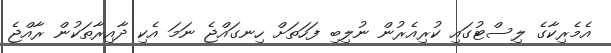
އެމެރިކާގެ ލިސްޓުގައި ކުރިއެރުން ނުލިބި ފަހަތަށް ހިނގައްޖެ ނަމަ އެކި ދާއިރާތަކުން ރާއްޖެ